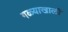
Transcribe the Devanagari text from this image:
गळ्याखाली